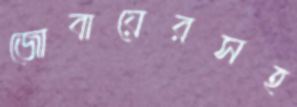
জোবায়েরসহ